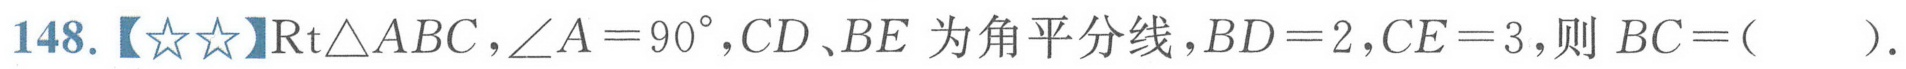
148.【☆☆】$\text{Rt}\triangle ABC,\angle A = 90^{\circ},CD、BE$为角平分线，$BD = 2,CE = 3$，则$BC=($  ）.